Bréfritari: Jón Eldon Erlendsson
Dagsetning: A-1889-02-15
Skrifað á: Vesturheimi

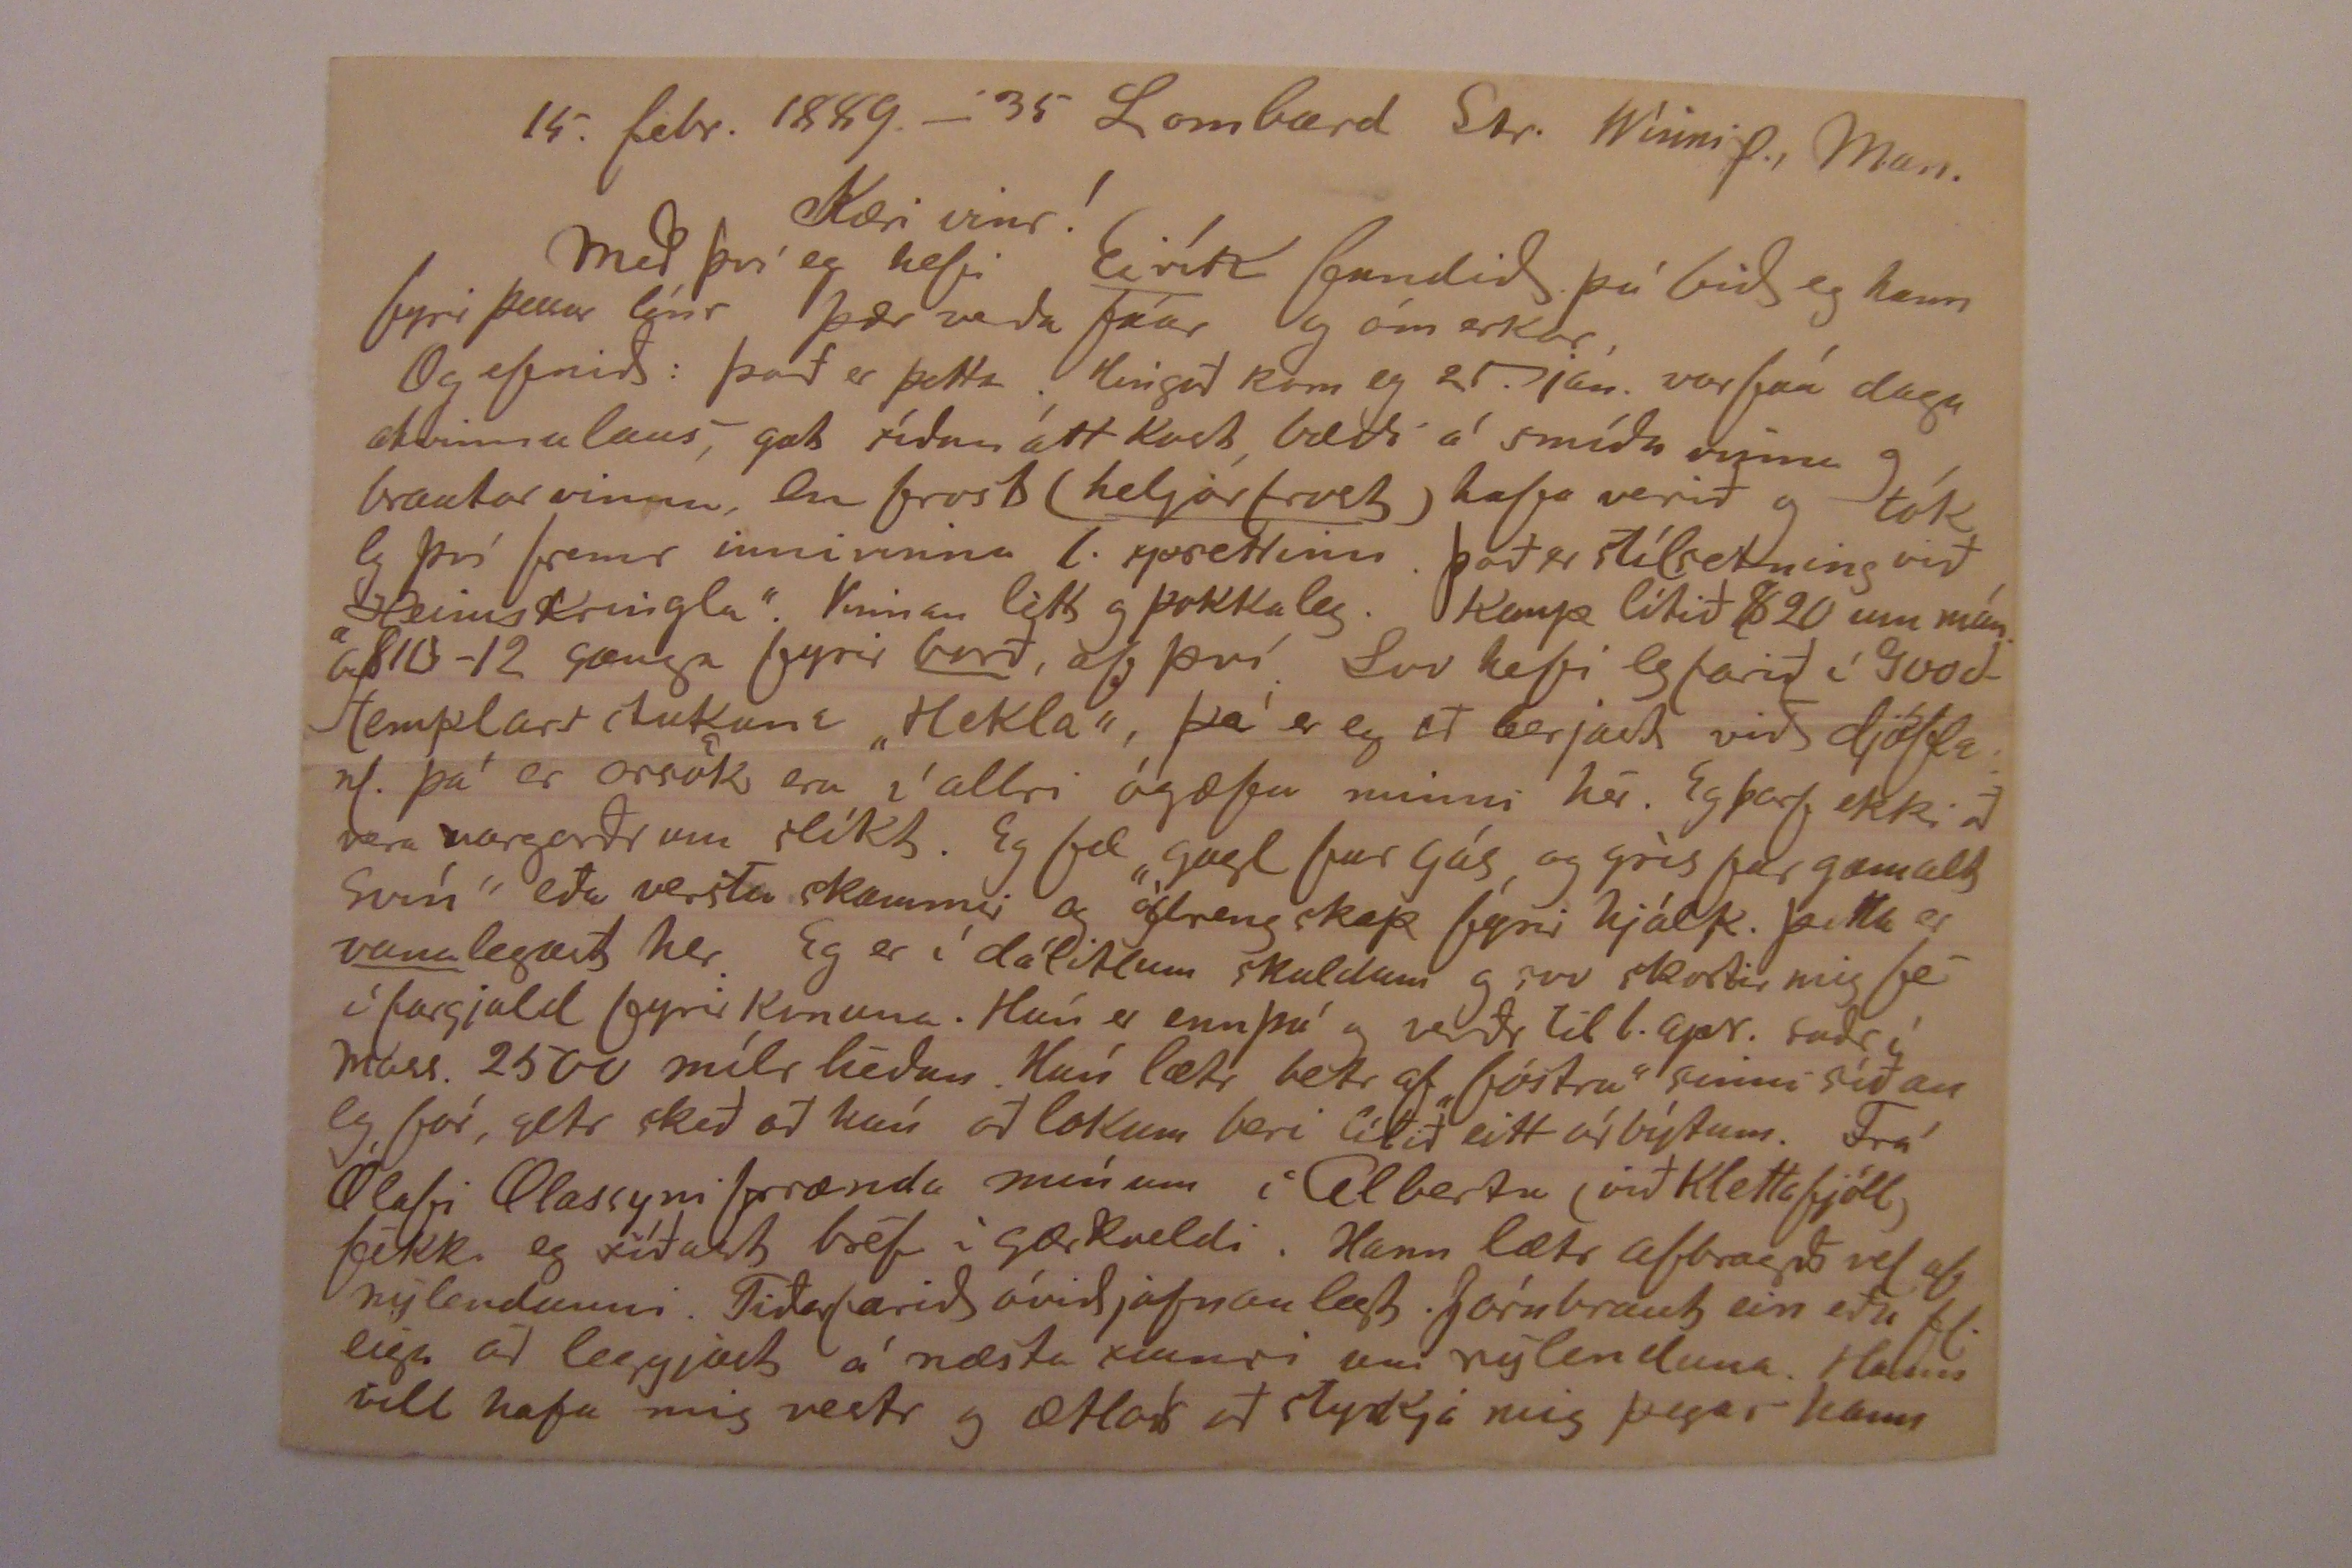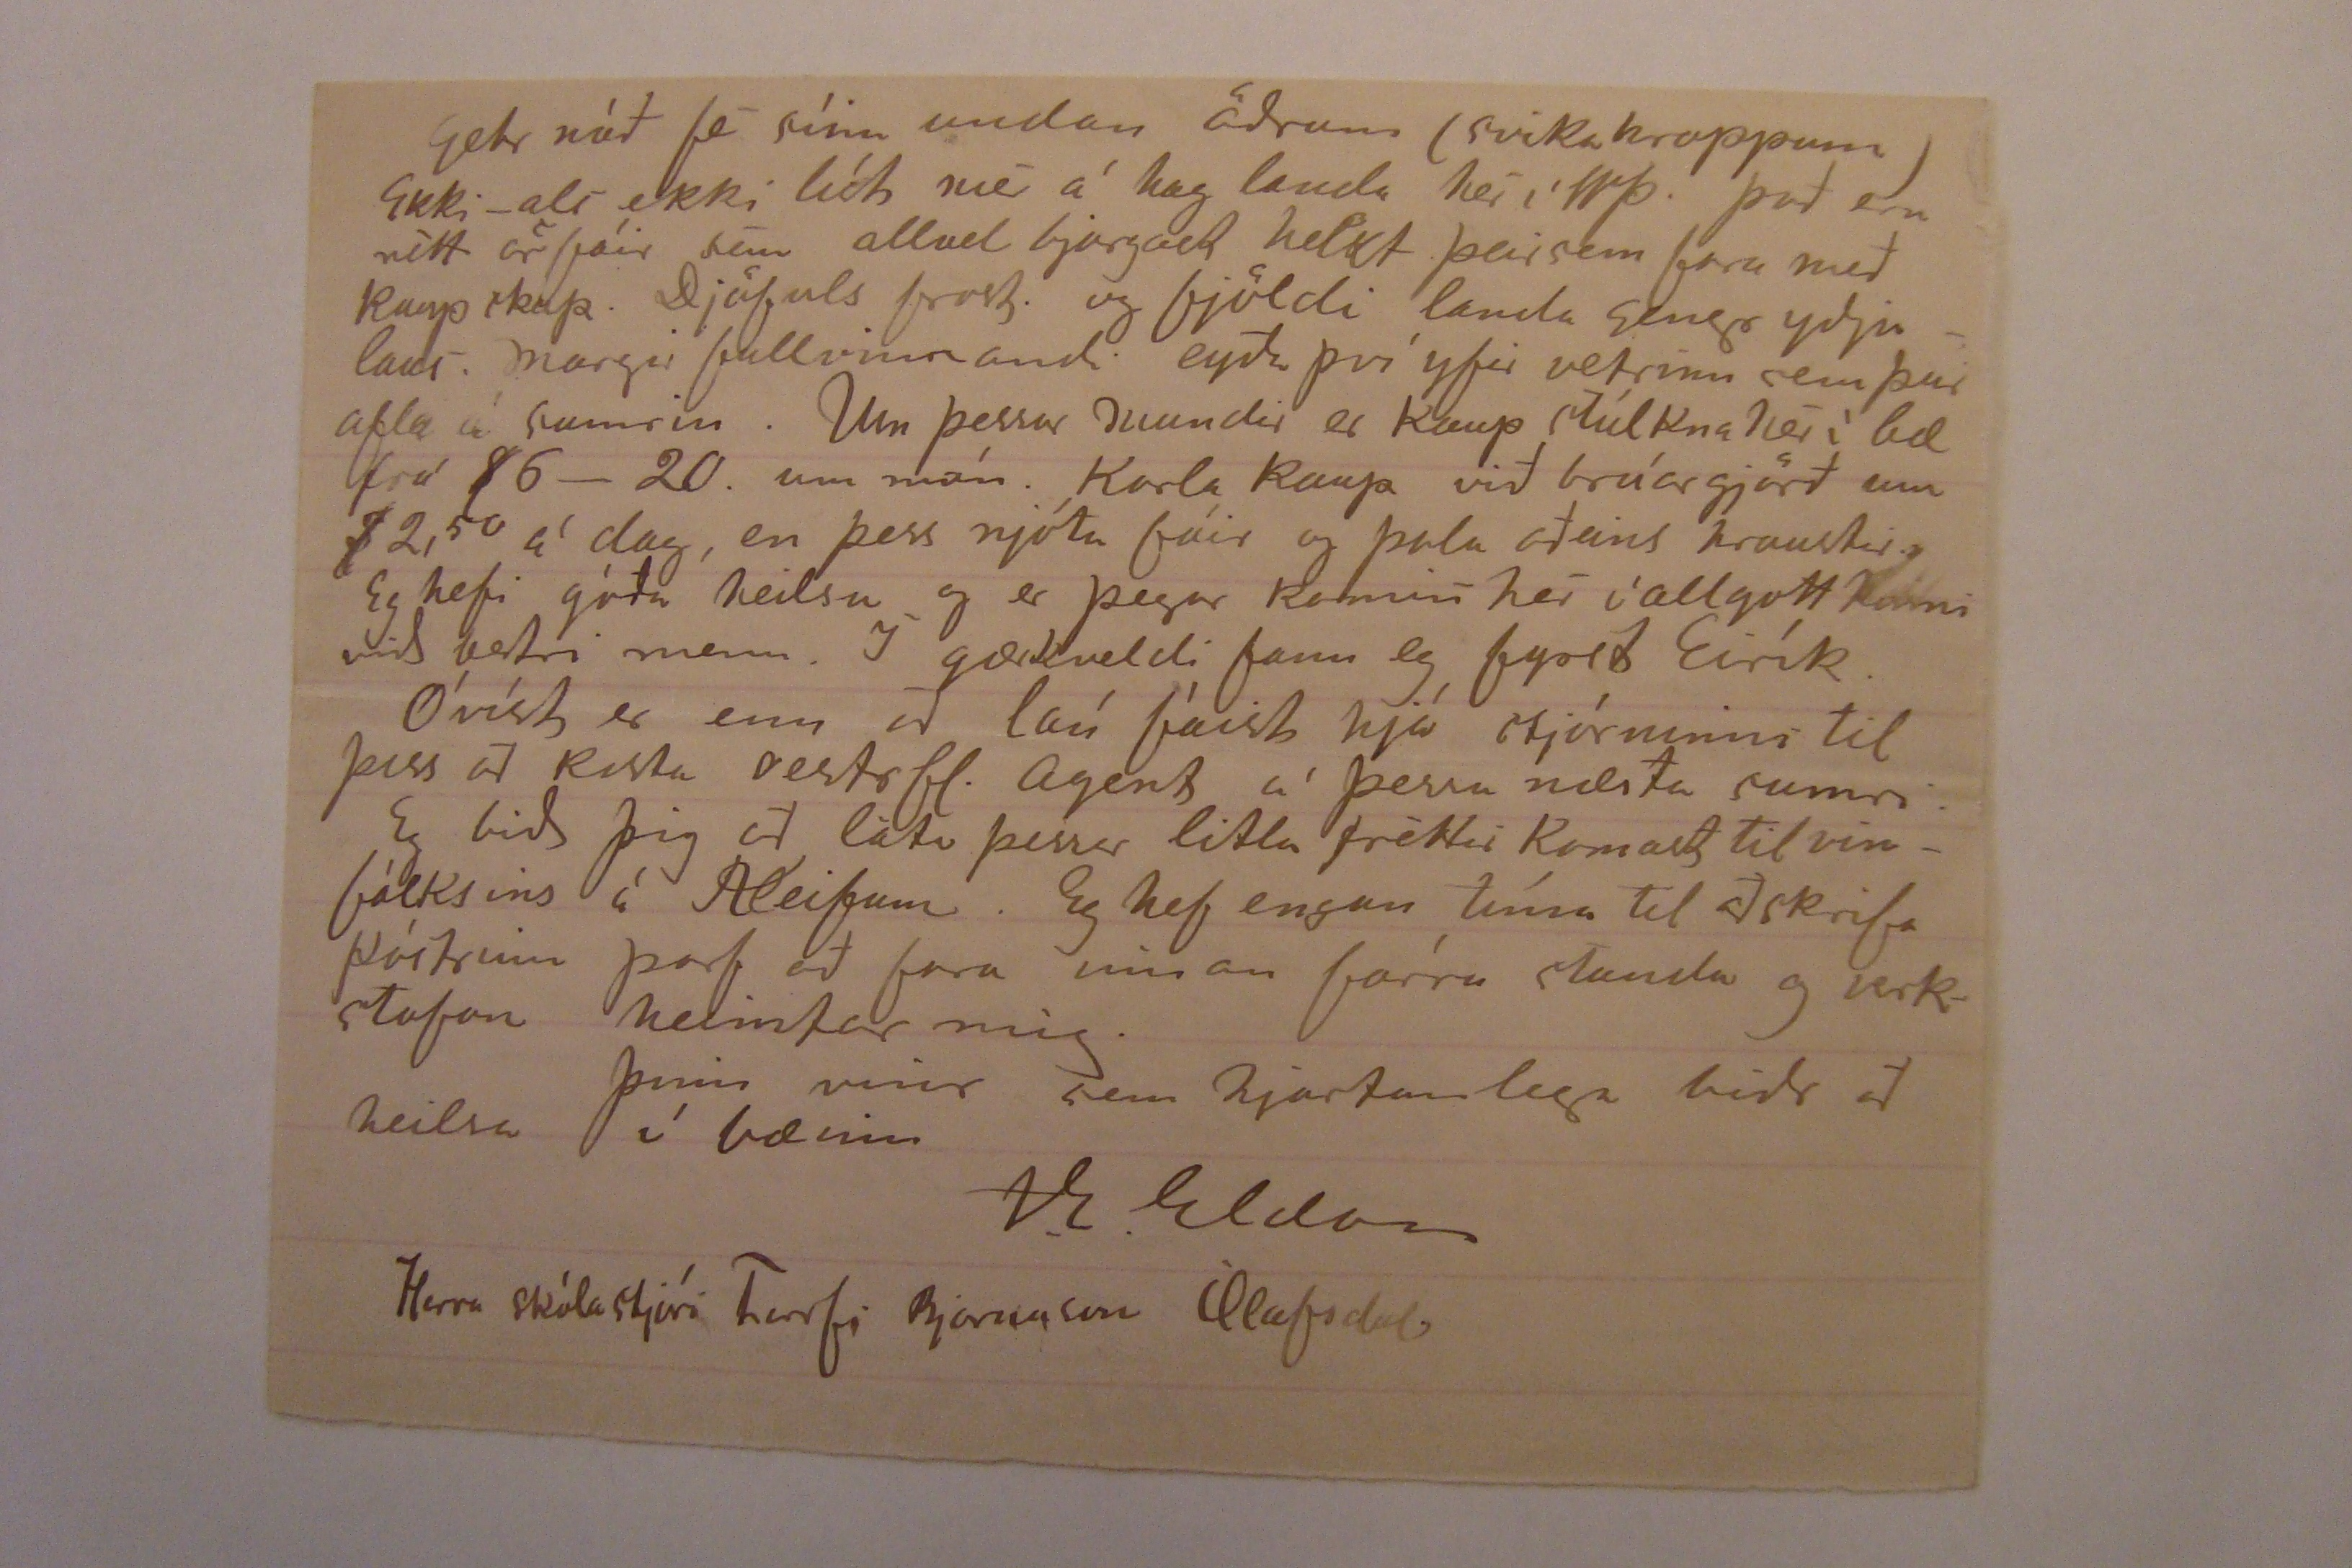

15. febr. 1889. - 35 Lombard Str. Winnip., Man.
Kæri vinr!
Með því eg hefi
Eirík
fundið þá bið eg hann fyrir þessar línr þær verða fáar og ómerkar.
Og efnið: það er þetta. Hingað kom eg 21. jan. var fáa daga atvinnulaus, gat síðan átt kost bæði á smíðavinnu og brautarvinna en frost
(heljarfrost)
hafa verið og tók eg því fremr innivinnu
l. sjorettinn
. það er stílsetning við „Heimskringlu". Vinnan létt og þokkaleg. Kaup lítið $20 um mán. og $10-12 ganga fyrir
borð
af því. Svo hefi eg farið í Goodtemplars stukuna „Hekla", þá er eg að berjast við djöfla nl. þá er orsök eru í allri ógæfu minni hér. Eg þarf ekki að vera margorðr um slíkt. Eg fæ „gagl fur gás, og grís fur gamalt svín" eða verstu skammir og ódrengskap fyrir hjálp. þetta er
vana
legast her. Eg er í dálitlum skuldum og svo skortir mig fé í fargjald fyrir konuna. Hún er ennþá og verðr til 1. apr. suðr í mass. 2500 mílr héðan. Hún lætr betr af „fóstru" sinni síðan eg fór, getr skeð að hún að lokum beri lítið eitt úr býtum. Frá Ólafi Olassyni frænda mínum í Alberta (við Klettafjöll) fékk eg síðast bréf í gærkveldi. Hann lætr afbragsðvel af nýlendunni. Tíðafarið óviðjafnanlegt. Járnbraut ein eða fl. eiga að leggjast á næsta sumri um nýlenduna. Hann vill hafa mig vestr og ætlar að styrkja mig þegar hann
getur náð fé sínu undan öðrum (svikahroppum) Ekki - als ekki líst mér á hag landa hér í Wp. það eru rétt örfáir sem allvel bjargast helst þeir sem fara með kaupskap. Djöfuls frost og fjöldi landa gengr yðjulaus. margir fullvinnandi eyða því yfir vetrinn sem þeir afla á sumrin. Um þessar mundir er kaup stúlkna hér í bæ frá $6-20 um mán. Karla kaup við brúargjörð eru $2,50 á dag, en þess njóta fáir og þola aðeins traustir.Eg hefi góða heilsu og er þegar komin hér í allgott
kinni
við betri menn. Í gærkveldi fann eg fyrst Eirík.
Óvíst er enn að lán fáist hjá stjórninni til þess að kosta vestrfl. agent á þessu næsta sumri.
Eg bið þig að láta þessar litlu fréttir komast til vinfólksins á Kleifum. Eg hef engan tíma til að skrifa póstrinn þarf að fara innan fárra stunda og verkstofan heimtar mig.
Þinn vinr sem hjartanlega biðr að heilsa í bæinn
J.E. Eldon
Herra skólastjóri Torfi Bjarnason Ólafsdal